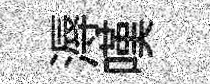
溽嘆